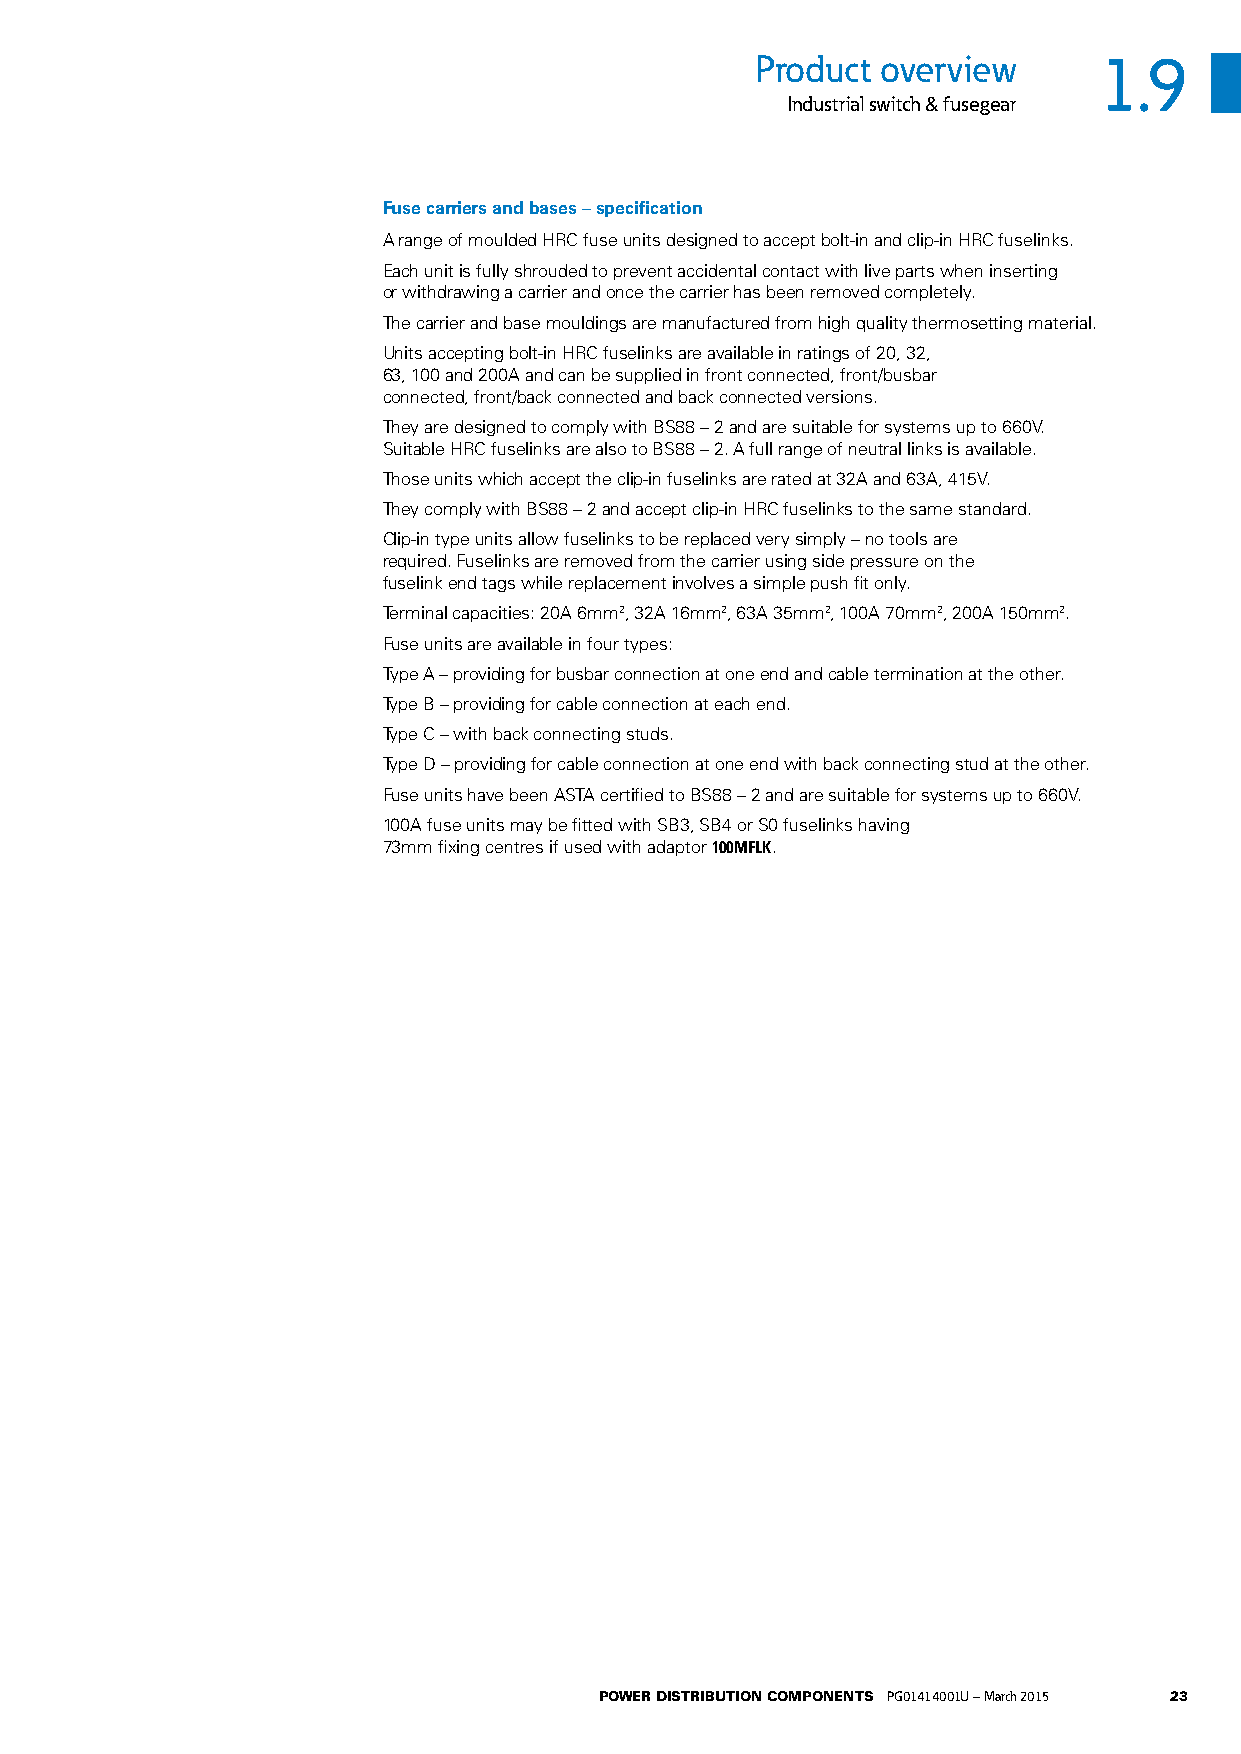
Product overview       1.9
 Industrial switch & fusegear
 Fuse carriers and bases – specification
 A range of moulded HRC fuse units designed to accept bolt-in and clip-in HRC fuselinks.
 Each unit is fully shrouded to prevent accidental contact with live parts when inserting
 or withdrawing a carrier and once the carrier has been removed completely.
 The carrier and base mouldings are manufactured from high quality thermosetting material.
 Units accepting bolt-in HRC fuselinks are available in ratings of 20, 32,
 63, 100 and 200A and can be supplied in front connected, front/busbar
 connected, front/back connected and back connected versions.
 They are designed to comply with BS88 – 2 and are suitable for systems up to 660V.
 Suitable HRC fuselinks are also to BS88 – 2. A full range of neutral links is available.
 Those units which accept the clip-in fuselinks are rated at 32A and 63A, 415V.
 They comply with BS88 – 2 and accept clip-in HRC fuselinks to the same standard.
 Clip-in type units allow fuselinks to be replaced very simply – no tools are
 required. Fuselinks are removed from the carrier using side pressure on the
 fuselink end tags while replacement involves a simple push fit only.
 Terminal capacities: 20A 6mm2, 32A 16mm2, 63A 35mm2, 100A 70mm2, 200A 150mm2.
 Fuse units are available in four types:
 Type A – providing for busbar connection at one end and cable termination at the other.
 Type B – providing for cable connection at each end.
 Type C – with back connecting studs.
 Type D – providing for cable connection at one end with back connecting stud at the other.
 Fuse units have been ASTA certified to BS88 – 2 and are suitable for systems up to 660V.
 100A fuse units may be fitted with SB3, SB4 or S0 fuselinks having
 73mm fixing centres if used with adaptor 100MFLK.
 POWER DISTRIBUTION COMPONENTS PG01414001U – March 2015 23